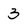
Character: 3